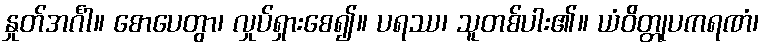
နှုတ်အင်္ဂါ။ စောပေတွာ၊ လှုပ်ရှားစေ၍။ ပရဿ၊ သူတစ်ပါး၏။ ယံဝိတ္တုပကရဏံ၊